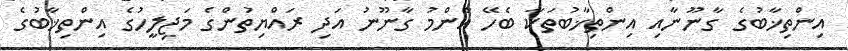
އިންތިޚާބުގެ ގާނޫނާއި އިންތިޚާބުތަކާ ބެހޭ އާންމު ގާނޫނު އަދި ރައްޔިތުންގެ މަޖިލީހުގެ އިންތިޚާބުގެ